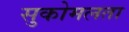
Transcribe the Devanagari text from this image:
सुकोमलता